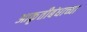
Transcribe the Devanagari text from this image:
आकृतीबंधाच्या